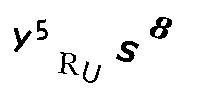
Y5RUS8